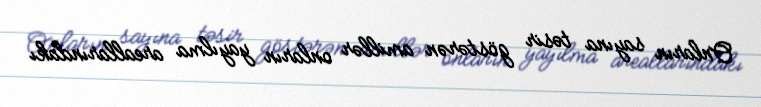
Onların sayına təsir göstərən amillər onların yayılma areallarındakı